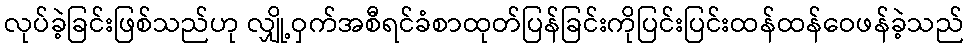
လုပ်ခဲ့ခြင်းဖြစ်သည်ဟု လျှို့ဝှက်အစီရင်ခံစာထုတ်ပြန်ခြင်းကိုပြင်းပြင်းထန်ထန်ဝေဖန်ခဲ့သည်